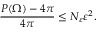
\frac { P ( \Omega ) - 4 \pi } { 4 \pi } \leq N _ { \varepsilon } \varepsilon ^ { 2 } .